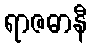
ရာဇဓာနီ